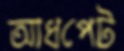
আধপেট